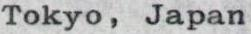
Tokyo, Japan